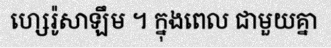
ហ្សេរ៉ូសាឡឹម ។ ក្នុងពេល ជាមួយគ្នា